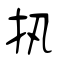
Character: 扟